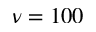
\nu = 1 0 0